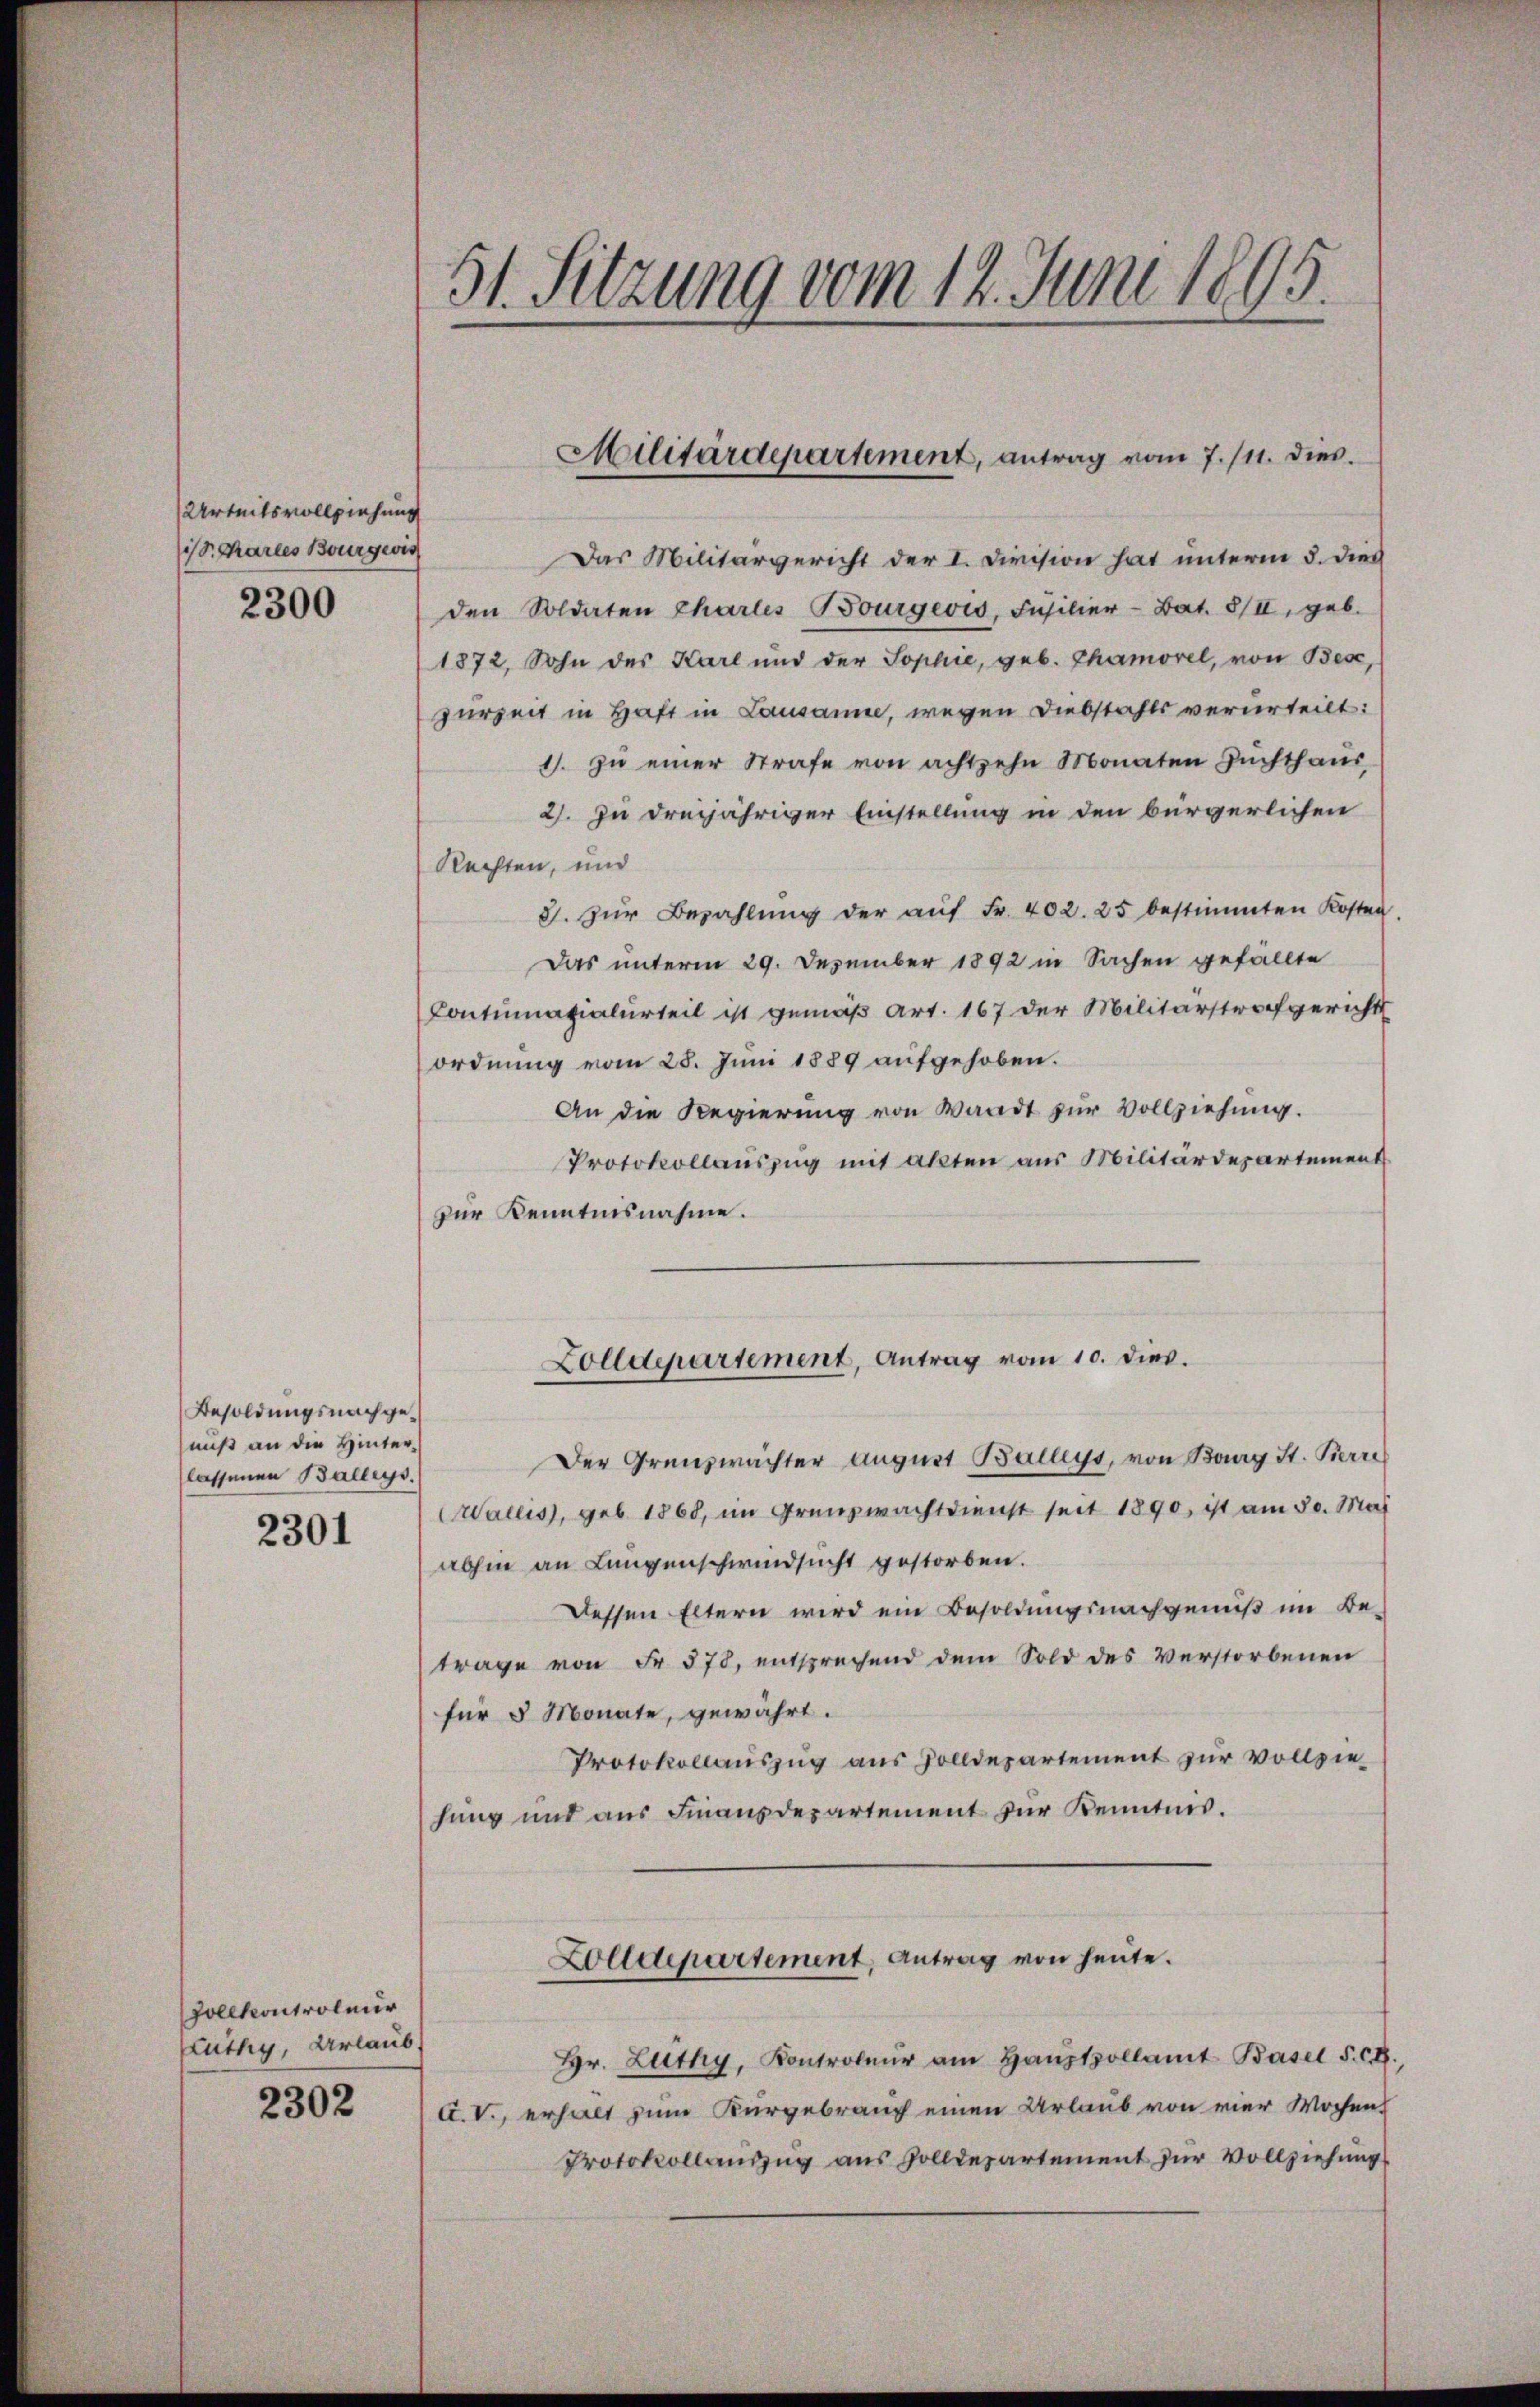
Urteilsvollziehung
1/8. Charles Bourgeois

2300

Besoldungsnachgenuß an die Hinterlassenen Balleys.

2301

Vollkontroleur
Kuthig, Urlaub

2302

51. Sitzung vom 12. Juni 1895.

Das Militärgericht der I. Division hat unterm 5. dies
den Soldaten Chartes Bourgeois, Füsilier-Bat. 8/II, geb.
1872, Sohn des Karl und der Sophie, geb. Chamorel, von Bese,
zurzeit in Haft in Lausanne, wegen Diebstahls verurteilt:
1. zŭ einer Strafe von achtzehn Monaten Zŭchthaŭs
2. zu dreijähriger Einstellung in den bürgerlichen
Rechten, und
8. Zur Bezahlŭng der aŭf Fr. 402. 25 bestimmten Kosten.
Das unterm 29. Dezember 1892 in Sachen gefällte
Contumazialurteil ist gemäß Art. 167 der Militärstrafgericht
ordnung vom 28. Juni 1889 aufgehoben.
An die Regierung von Waadt zur Vollziehung.
Protokollauszug mit akten aus Militärdepartement
zur Kenntnisnahme.
Zolldepartement, Antrag vom 10. dies.
Der Grenzwachter August Balleys, von Bourg St. Berre
Wallis, geb. 1868, im Grenzwachtdienst seit 1890, ist am 30. Mai
abhin an Lungenschwindsucht gestorben.
Dessen Eltern wird ein Besoldungsnachgenuß im Be-
trage von Fr. 578, entsprechend dem Sold des Verstorbenen
für 5 Monate, gewährt.
Protokollauszug aus Zolldepartement zur vollziehung und aus Finanzdepartement für Kenntnis.
Zolldepartement, Antrag von heute.
Hr. Lüthy, Kontroleur am Haŭptpollamt Basel S. C.
A.V., erhalt zum Kurgebrauch einen Urlaub von vier Wochen
Protokollauszug aus Zolldepartement zur Vollziehung

Militärdepartement, antrag vom 7./11. dies